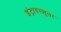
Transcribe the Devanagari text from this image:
इंट्रावस्क्युलर